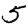
Digit: 5